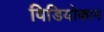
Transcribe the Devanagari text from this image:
विडियोकान